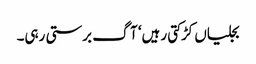
بجلیاں کڑکتی رہیں‘ آگ برستی رہی۔